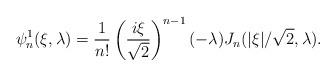
LaTeX: \begin{align*}\psi_n^1(\xi,\lambda) =\frac{1}{n!}\left(\frac{i\xi}{\sqrt{2}}\right)^{n-1}(-\lambda) J_n(|\xi|/\sqrt{2},\lambda).\end{align*}